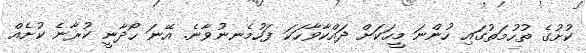
ކުށުގެ ތުހުމަތުގައި ހުންނަ މީހަކަށް ދައްކާވާހަކަ ފަހުމެނނުވާނެ. އޭނަ ހޯދާނީ ކުރާނެ ކުށެއް